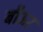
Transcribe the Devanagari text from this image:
बौऊर